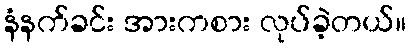
နံနက်ခင်း အားကစား လုပ်ခဲ့တယ်။